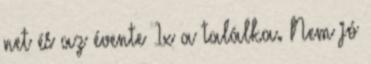
net és az évente 1x a találka. Nem jó